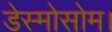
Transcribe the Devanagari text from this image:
डेस्मोसोम।